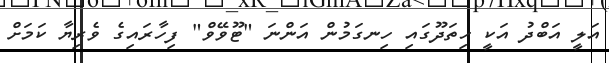
އަލީ އަބްދު އަކީ ހިތަދޫގައި ހިނގަމުން އަންނަ "ޓޫވޭވް" ފިހާރައިގެ ވެރިޔާ ކަމަށް